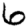
Digit: 6